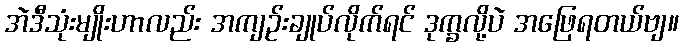
အဲဒီသုံးမျိုးဟာလည်း အကျဉ်းချုပ်လိုက်ရင် ဒုက္ခလို့ပဲ အဖြေရတယ်ဗျ။